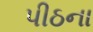
પીઠના